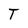
Character: T